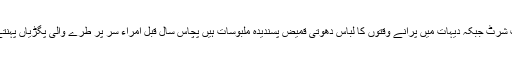
شہری آبادی میں شلوار قمیض اور پینٹ شرٹ جبکہ دیہات میں پرانے وقتوں کا لباس دھوتی قمیض پسندیدہ ملبوسات ہیں پچاس سال قبل امراء سر پر طرے والی پگڑیاں پہنتے تھے جسکا رواج اب ختم ہو چکا ہے۔